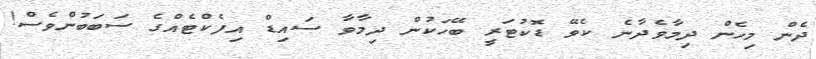
ދެން މިހެން ދިމާވެދާނެ ކެވޭ ޑޮކުޓަރީ ބޭހަކުން ދިމާވާ ސައިޑް އިފެކްޓެއްގެ ސަބަބުންވެސް!